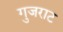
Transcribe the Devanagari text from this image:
गुजराट